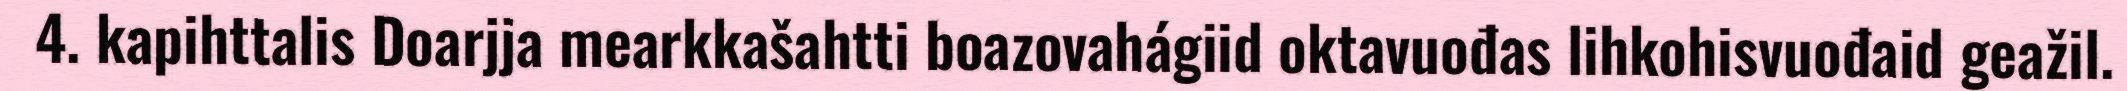
4. kapihttalis Doarjja mearkkašahtti boazovahágiid oktavuođas lihkohisvuođaid geažil.